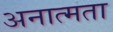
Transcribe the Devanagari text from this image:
अनात्मता